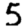
Digit: 5